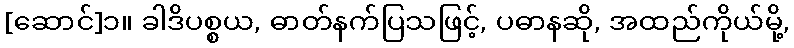
[ဆောင်]၁။ ခါဒိပစ္စယ, ဓာတ်နက်ပြသဖြင့်, ပဓာနဆို, အထည်ကိုယ်မို့,